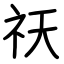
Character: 祆